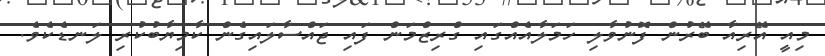
މިއީ އޭރިއާ ބޭރުން ފޮނުވާލި ހަމަލާއެއްގައި ގްރިޒްމަން ފައި ޖައްސާލައިގެން ކާމިޔާބުކުރި ލަނޑެކެވެ.